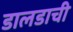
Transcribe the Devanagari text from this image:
डालडाची